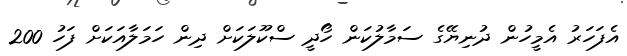
އެފަހަރު އެމީހުން ދުނިޔޭގެ ސަމާލުކަން ހޯދީ ސްކޫލަކަށް ދިން ހަމަލާއަކަށް ފަހު 200